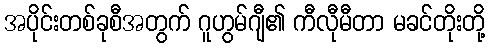
အပိုင်းတစ်ခုစီအတွက် ဂူဟွမ်ဂျီ၏ ကီလီုမီတာ မခင်တိုးတို့